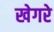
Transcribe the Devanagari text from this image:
खेगरे